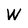
Character: W